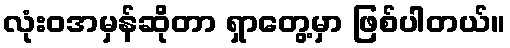
လုံးဝအမှန်ဆိုတာ ရှာတွေ့မှာ ဖြစ်ပါတယ်။